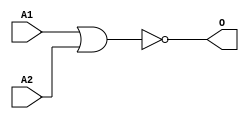
module JNOR2A(A1, A2, O);
input   A1;
input   A2;
output  O;
nor g0(O, A1, A2);
endmodule